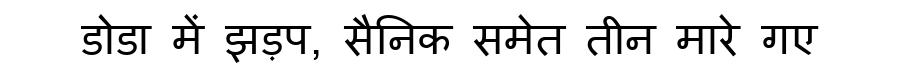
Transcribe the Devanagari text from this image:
डोडा में झड़प, सैनिक समेत तीन मारे गए